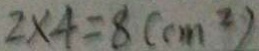
2 \times 4 = 8 ( c m ^ { 2 } )